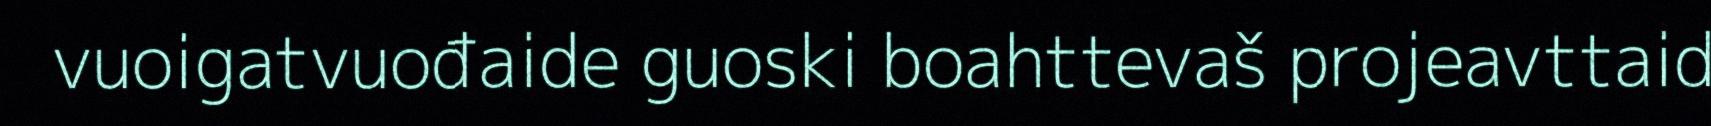
vuoigatvuođaide guoski boahttevaš projeavttaid